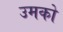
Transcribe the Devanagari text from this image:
उमको